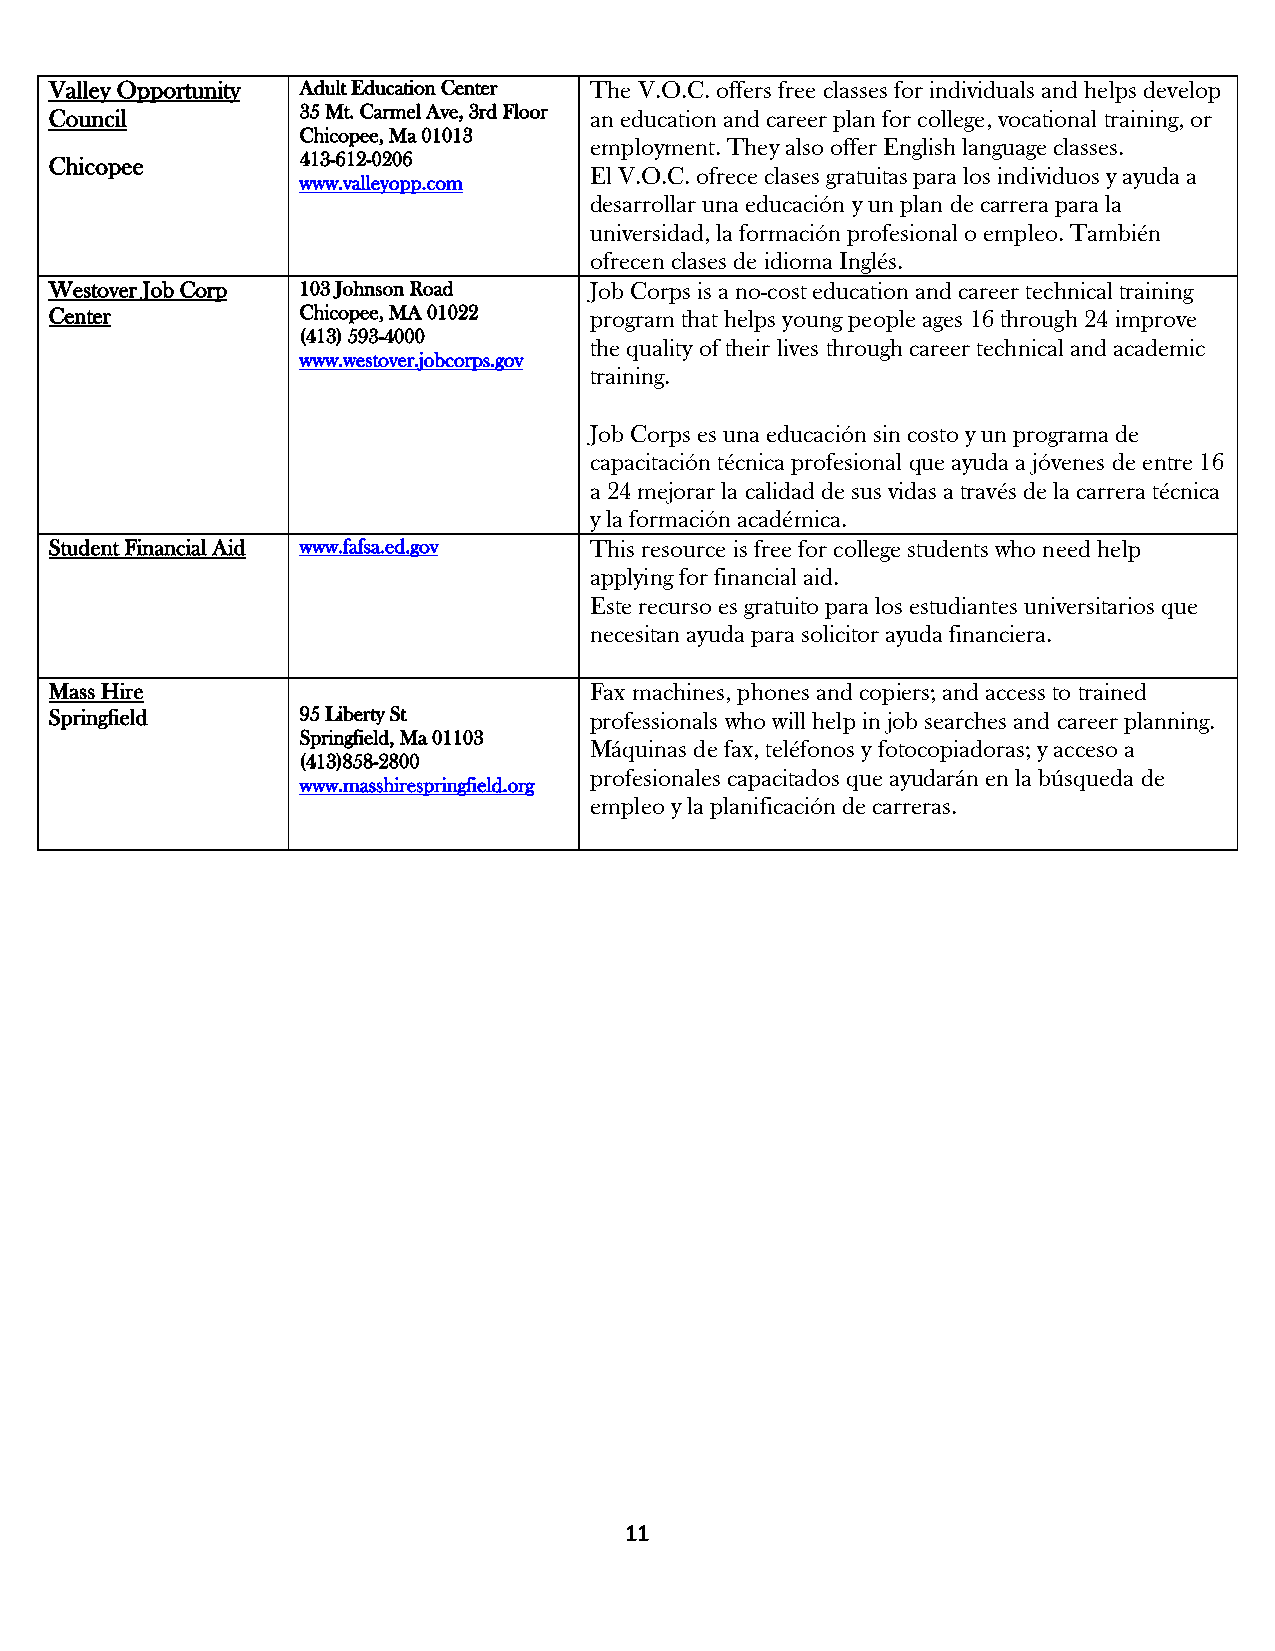
Valley Opportunity Adult Education Center The V.O.C. offers free classes for individuals and helps develop
 Council          35 Mt. Carmel Ave, 3rd Floor an education and career plan for college, vocational training, or
 Chicopee, Ma 01013
 employment. They also offer English language classes.
 Chicopee         413-612-0206
 El V.O.C. ofrece clases gratuitas para los individuos y ayuda a
 www.valleyopp.com
 desarrollar una educación y un plan de carrera para la
 universidad, la formación profesional o empleo. También
 ofrecen clases de idioma Inglés.
 Westover Job Corp 103 Johnson Road  Job Corps is a no-cost education and career technical training
 Center           Chicopee, MA 01022 program that helps young people ages 16 through 24 improve
 (413) 593-4000
 the quality of their lives through career technical and academic
 www.westover.jobcorps.gov
 training.
 Job Corps es una educación sin costo y un programa de
 capacitación técnica profesional que ayuda a jóvenes de entre 16
 a 24 mejorar la calidad de sus vidas a través de la carrera técnica
 y la formación académica.
 Student Financial Aid www.fafsa.ed.gov This resource is free for college students who need help
 applying for financial aid.
 Este recurso es gratuito para los estudiantes universitarios que
 necesitan ayuda para solicitor ayuda financiera.
 Mass Hire                           Fax machines, phones and copiers; and access to trained
 Springfield      95 Liberty St      professionals who will help in job searches and career planning.
 Springfield, Ma 01103
 Máquinas de fax, teléfonos y fotocopiadoras; y acceso a
 (413)858-2800
 www.masshirespringfield.org
 profesionales capacitados que ayudarán en la búsqueda de
 empleo y la planificación de carreras.
 11